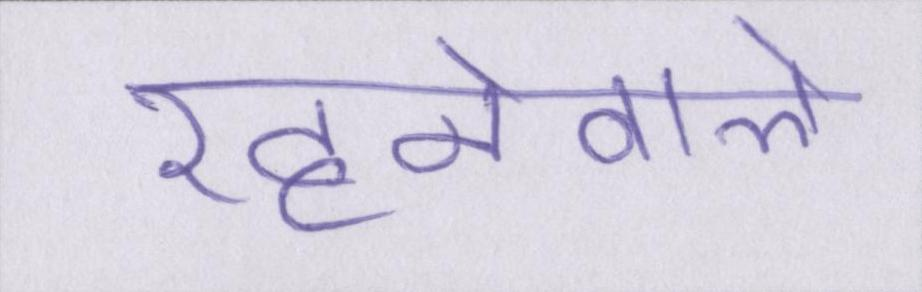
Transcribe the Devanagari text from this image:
रहनेवाले